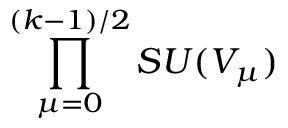
\prod _ { \mu = 0 } ^ { ( k - 1 ) / 2 } S U ( V _ { \mu } )